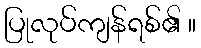
ပြုလုပ်ကျန်ရစ်၏ ။